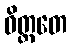
ဝိတ္ထတေ